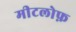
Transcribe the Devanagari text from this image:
मीटलोफ़